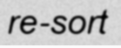
re-sort